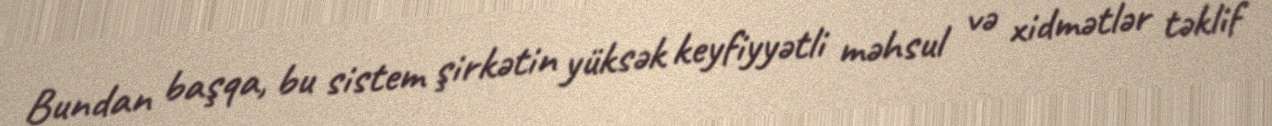
Bundan başqa, bu sistem şirkətin yüksək keyfiyyətli məhsul və xidmətlər təklif